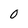
Character: 0